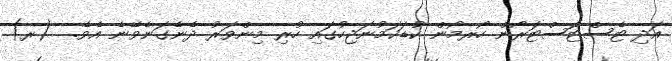
އަދި ޓެސްޓޮސްޓަރޯން ހޯރމޯން ކުޑަކަމުނަޖިހުގައި ހުރި މިންވަރު ދެނެގަނެވޭނެ އެވެ.  (ރ)